system: You are a helpful assistant.
user:
Analyze the provided spectrum to determine if it is a **White Dwarf (WD)**.

A White Dwarf spectrum is defined by its **extreme purity** (due to gravitational settling) and/or **extreme pressure broadening** (due to high surface gravity). You must check for one of the following mutually exclusive signatures:

- **Key Visual Indicators (Check for ONE of these types):**

    - **1. DA-Type Signature (Most Common):**
        - **(Primary Feature):** Extreme pressure broadening (Stark broadening) of the **Hydrogen (H) Balmer lines**.
        - **(Key Lines):** $H\beta$ (approx. $4861$ Å) and $H\gamma$ (approx. $4340$ Å). $H\alpha$ (approx. $6563$ Å) will also be present if the wavelength range covers it.
        - **(Line Profile):** This is the **defining feature**. The lines are **NOT** sharp. They appear as massive, **extremely broad and deep "troughs" or "dips"** in the spectrum, often hundreds of Ångströms wide. The continuum will appear to "scoop" down at these wavelengths.
        - **(Distinction):** Normal A-type or B-type stars have *narrow* and *sharp* Hydrogen lines. A DA White Dwarf's lines are unmistakably "smeared" or "blurry" from pressure.

    - **2. DB-Type Signature:**
        - **(Primary Feature):** Broad absorption lines from **Neutral Helium (He I)**. The spectrum must lack any visible Hydrogen lines.
        - **(Key Lines):** Look for broad absorption near $4471$ Å, $4921$ Å, and $5876$ Å.
        - **(Line Profile):** These lines are also significantly pressure-broadened, appearing much wider than they would in a normal B-type main-sequence star.

    - **3. DC-Type Signature:**
        - **(Primary Feature):** A **featureless continuous spectrum**.
        - **(Line Profile):** The spectrum is a smooth curve with **no significant absorption or emission lines**.
        - **(Key Confirmation):** The continuum is almost always **blue or white**, indicating a hot object. This signature implies the atmosphere is so pure (or so cool) that no spectral lines are visible in the optical range. Its WD identity is confirmed by its extremely low intrinsic brightness (high absolute magnitude).

    - **4. DZ-Type Signature (Metal-Polluted):**
        - **(Primary Feature):** **Isolated, narrow metal absorption lines** on an otherwise featureless (DC-like) continuum.
        - **(Key Lines):** The **Calcium (Ca II) H & K doublet** (approx. **$3934$ Å** and **$3968$ Å**) is the most common and defining feature.
        - **(Line Profile):** These lines are "out of place." They are *not* part of a "forest" of thousands of lines. This signature is evidence of recent *accretion* (pollution) from rocky debris.
        - **(Distinction):** Normal G/K/M stars have a *dense forest* of thousands of metal lines. A DZ has a *clean* continuum with *only a few* strong metal lines.

    - **5. DQ-Type Signature (Carbon-Polluted):**
        - **(Primary Feature):** Absorption bands from **Carbon (C₂ "Swan Bands" or atomic C I)**.
        - **(Key Lines - C₂):** Look for bandheads with a "saw-tooth" shape near $5635$ Å, **$5165$ Å** (strongest), and $4737$ Å.
        - **(Key Confirmation):** The underlying **continuum must be blue or white** (hot).
        - **(Distinction):** This is the critical difference from a **Carbon Star**, which has the *exact same* C₂ bands but on an extremely **red, cool** continuum.

- **(Overall Spectrum):**
    - The continuum (overall shape) is typically **blue-sloping** (brighter in the blue than the red), as most white dwarfs are very hot.
    - The spectrum will look "pure" or "simple," dominated by only *one* of the five signatures listed above.

Think first, call **spectral_visualization_tool** if needed to examine features in detail, then provide your final answer. Your response must adhere to the following strict rules:
1.  **Overall Structure:** Your response must follow the format `<think>...</think> <tool_call>...</tool_call> (if a tool is used) <answer>...</answer>`.
2.  **Tool Usage Constraint:** You may only make **one** tool call per turn.
3.  **Final Answer Format:** In the `<answer>` tag, your conclusion must be inside a `\boxed{}` command (e.g., `\boxed{YES}` or `\boxed{NO}`), followed by your justification.

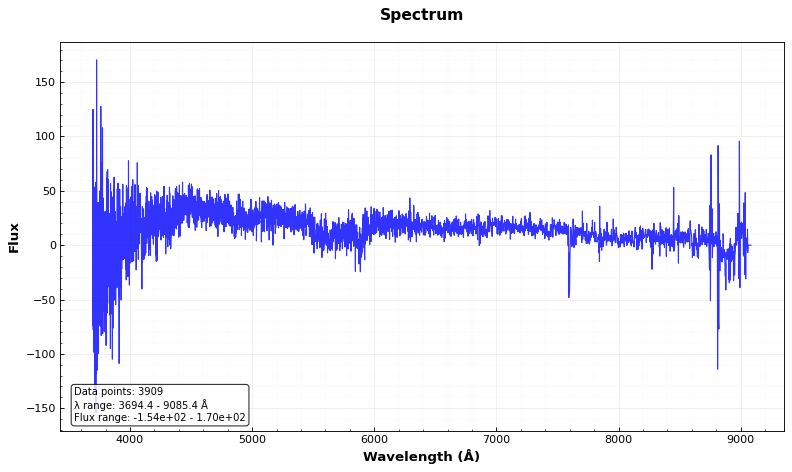
Answer: YES